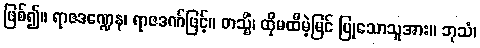
ဖြစ်၍။ ရာဇဒဏ္ဍေန၊ ရာဇဒဏ်ဖြင့်။ တသ္မိံ၊ ထိုမထီမဲ့မြင် ပြုသောသူအား။ ဘုသံ၊